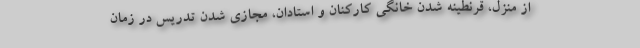
از منزل، قرنطینه شدن خانگی کارکنان و استادان، مجازی شدن تدریس در زمان